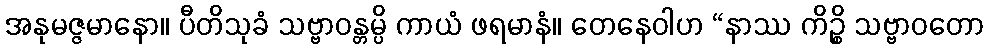
အနုမဇ္ဇမာနော။ ပီတိသုခံ သဗ္ဗာဝန္တမ္ပိ ကာယံ ဖရမာနံ။ တေနေဝါဟ “နာဿ ကိဉ္စိ သဗ္ဗာဝတော